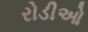
રોડીઓ